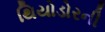
થિયોડોરની